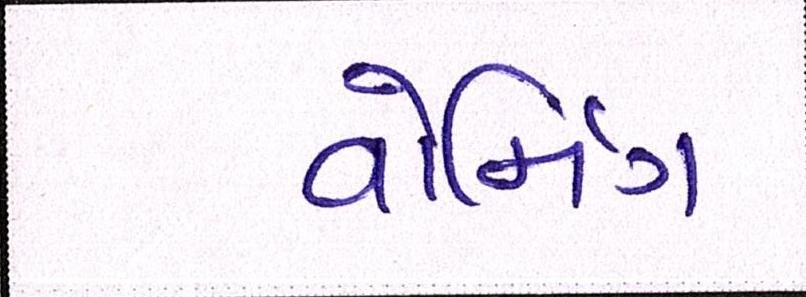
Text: વોર્મિંગ